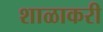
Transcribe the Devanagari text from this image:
शाळाकरी